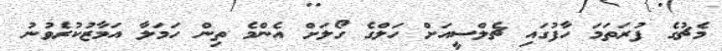
މެޗުގެ ފުރަތަމަ ހާފުގައި ޗެލްސީއަށް ހަލްގެ ގޯލަށް އެންމެ ތިން ހަމަލާ އަމާޒުކުރެވުނު